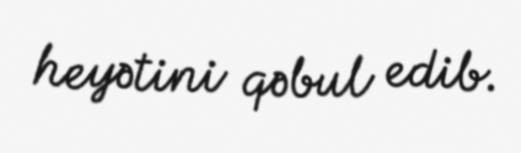
heyətini qəbul edib.